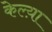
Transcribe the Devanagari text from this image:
केल्य़ा